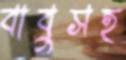
বাবুসহ